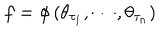
f = \phi \left( \theta _ { \tau _ { 1 } } , \cdots , \theta _ { \tau _ { n } } \right)